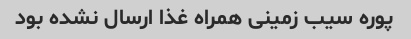
پوره سیب زمینی همراه غذا ارسال نشده بود